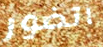
اتضور